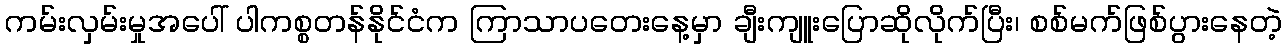
ကမ်းလှမ်းမှုအပေါ် ပါကစ္စတန်နိုင်ငံက ကြာသာပတေးနေ့မှာ ချီးကျူးပြောဆိုလိုက်ပြီး၊ စစ်မက်ဖြစ်ပွားနေတဲ့